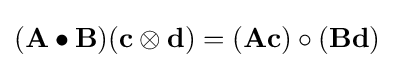
(\mathbf {A} \bullet \mathbf {B} )(\mathbf {c} \otimes \mathbf {d} )=(\mathbf {A} \mathbf {c} )\circ (\mathbf {B} \mathbf {d} )